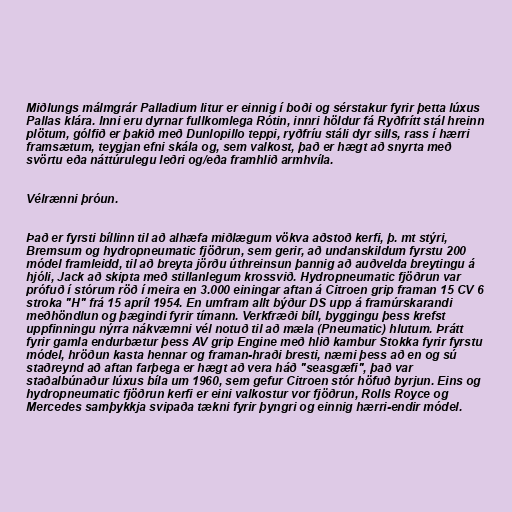
Miðlungs málmgrár Palladium litur er einnig í boði og sérstakur fyrir þetta lúxus
Pallas klára. Inni eru dyrnar fullkomlega Rótin, innri höldur fá Ryðfrítt stál hreinn
plötum, gólfið er þakið með Dunlopillo teppi, ryðfríu stáli dyr sills, rass í hærri
framsætum, teygjan efni skála og, sem valkost, það er hægt að snyrta með
svörtu eða náttúrulegu leðri og/eða framhlið armhvíla.

Vélrænni þróun.

Það er fyrsti bíllinn til að alhæfa miðlægum vökva aðstoð kerfi, þ. mt stýri,
Bremsum og hydropneumatic fjöðrun, sem gerir, að undanskildum fyrstu 200
módel framleidd, til að breyta jörðu úthreinsun þannig að auðvelda breytingu á
hjóli, Jack að skipta með stillanlegum krossvið. Hydropneumatic fjöðrun var
prófuð í stórum röð í meira en 3.000 einingar aftan á Citroen grip framan 15 CV 6
stroka "H" frá 15 apríl 1954. En umfram allt býður DS upp á framúrskarandi
meðhöndlun og þægindi fyrir tímann. Verkfræði bíll, byggingu þess krefst
uppfinningu nýrra nákvæmni vél notuð til að mæla (Pneumatic) hlutum. Þrátt
fyrir gamla endurbætur þess AV grip Engine með hlið kambur Stokka fyrir fyrstu
módel, hröðun kasta hennar og framan-hraði bresti, næmi þess að en og sú
staðreynd að aftan farþega er hægt að vera háð "seasgæfi", það var
staðalbúnaður lúxus bíla um 1960, sem gefur Citroen stór höfuð byrjun. Eins og
hydropneumatic fjöðrun kerfi er eini valkostur vor fjöðrun, Rolls Royce og
Mercedes samþykkja svipaða tækni fyrir þyngri og einnig hærri-endir módel.